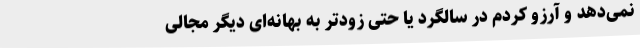
نمی‌دهد و آرزو کردم در سالگرد یا حتی زودتر به بهانه‌ای دیگر مجالی